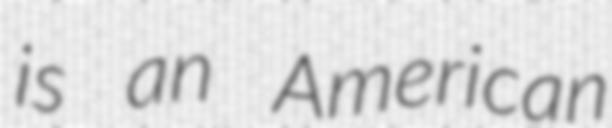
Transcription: is an American